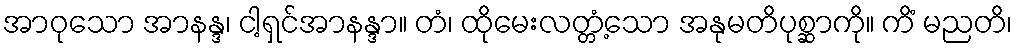
အာဝုသော အာနန္ဒ၊ ငါ့ရှင်အာနန္ဒာ။ တံ၊ ထိုမေးလတ္တံ့သော အနုမတိပုစ္ဆာကို။ ကိံ မညတိ၊